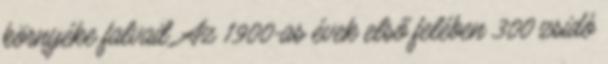
környéke falvait. Az 1900-as évek első felében 300 zsidó